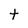
Character: t